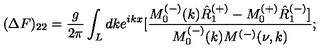
( \Delta F ) _ { 2 2 } = \frac { g } { 2 \pi } \int _ { L } d k e ^ { i k x } [ \frac { M _ { 0 } ^ { ( - ) } ( k ) \hat { R } _ { 1 } ^ { ( + ) } - M _ { 0 } ^ { ( + ) } \hat { R } _ { 1 } ^ { ( - ) } ] } { M _ { 0 } ^ { ( - ) } ( k ) M ^ { ( - ) } ( \nu , k ) } ;